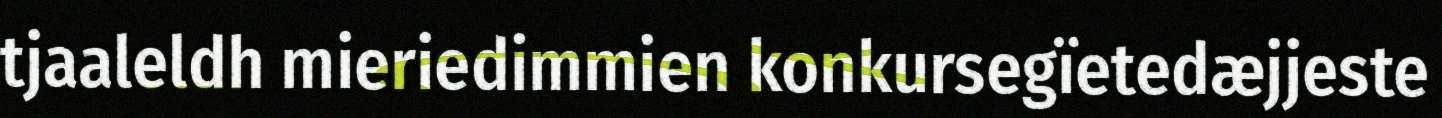
tjaaleldh mieriedimmien konkursegïetedæjjeste